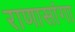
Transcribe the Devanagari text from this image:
राणासांगा